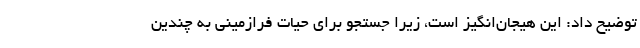
توضیح داد: این هیجان‌انگیز است، زیرا جستجو برای حیات فرازمینی به چندین